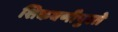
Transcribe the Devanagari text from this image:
शिकवणीपुरते